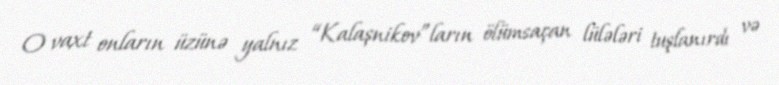
O vaxt onların üzünə yalnız “Kalaşnikov”ların ölümsaçan lülələri tuşlanırdı və